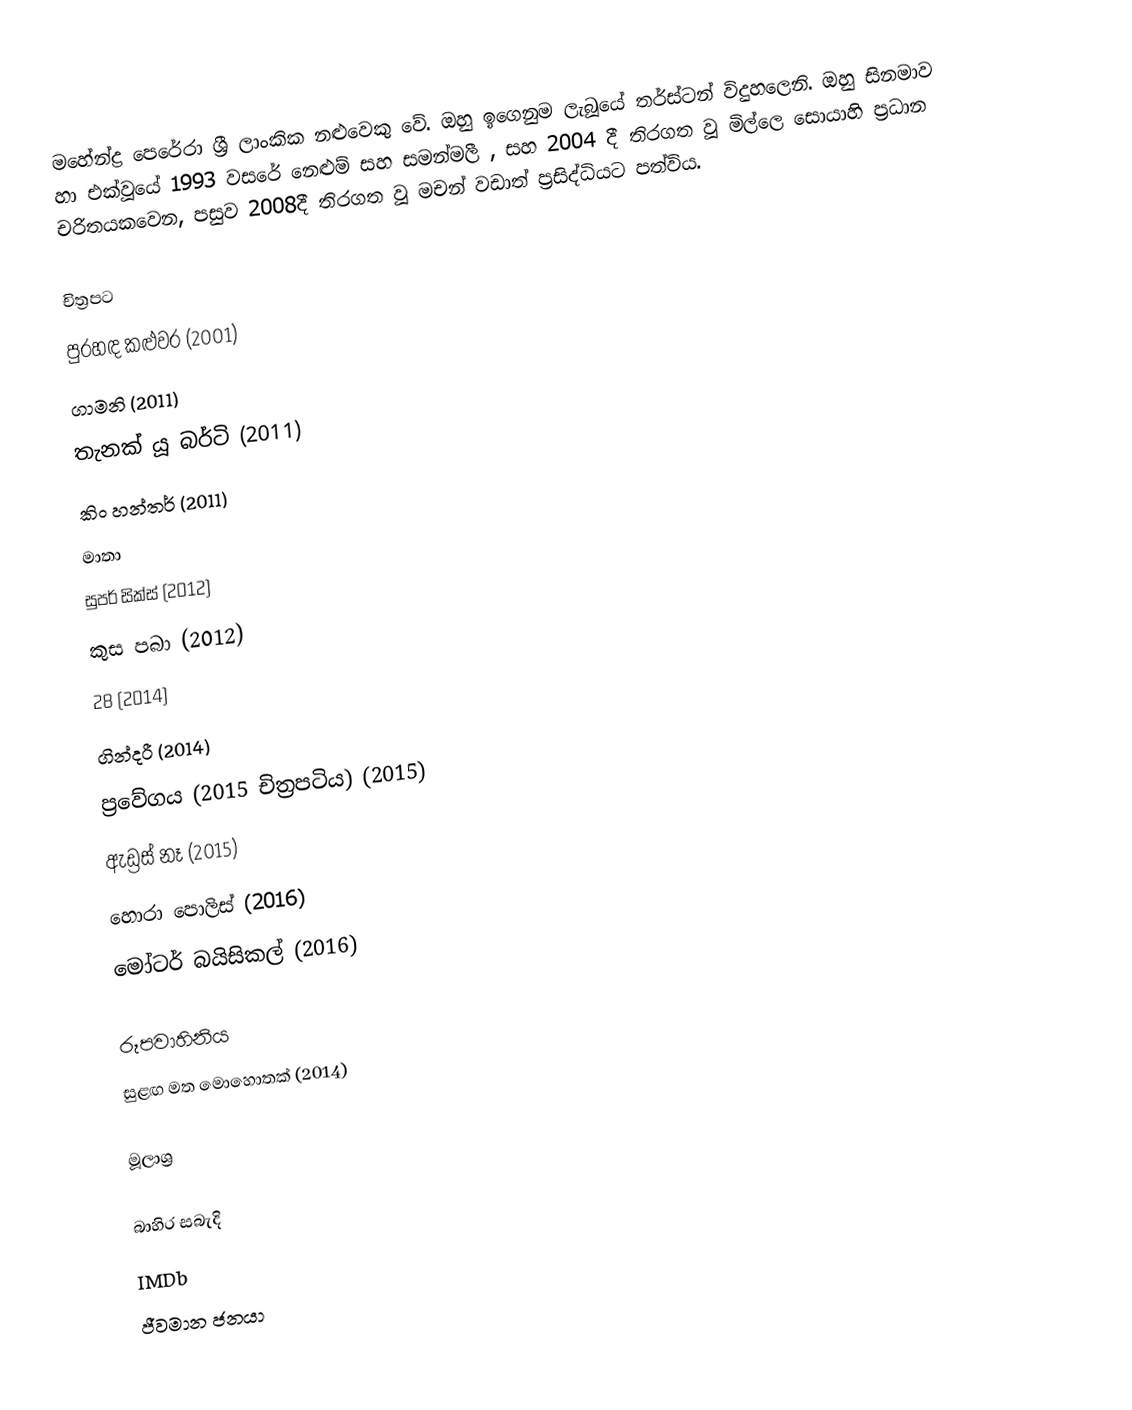
මහේන්ද්‍ර පෙරේරා ශ්‍රී ලාංකික නළුවෙකු වේ. ඔහු ඉගෙනුම ලැබූයේ තර්ස්ටන් විදුහලෙනි. ඔහු සිනමාව හා එක්වූයේ 1993 වසරේ නෙළුම් සහ සමන්මලී , සහ 2004 දී තිරගත වූ මිල්ලෙ සොයාහි ප්‍රධාන චරිතයකවෙන, පසුව 2008දී තිරගත වූ මචන් වඩාත් ප්‍රසිද්ධියට පත්විය.

චිත්‍රපට
 පුරහඳ කළුවර (2001)
 ගාමනි (2011)
 තැනක් යූ බර්ටි (2011)
 කිං හන්තර් (2011)
 මාතා
 සුපර් සික්ස් (2012)
 කුස පබා (2012)
 28 (2014)
 ගින්දරී (2014)
 ප්‍රවේගය (2015 චිත්‍රපටිය) (2015)
 ඇඩ්‍රස් නෑ (2015)
 හොරා පොලිස් (2016)
 මෝටර් බයිසිකල් (2016)

රූපවාහිනිය
 සුළඟ මත මොහොතක් (2014)

මූලාශ්‍ර

බාහිර සබැදි
IMDb
ජීවමාන ජනයා